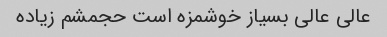
عالی عالی بسیاز خوشمزه است حجمشم زیاده